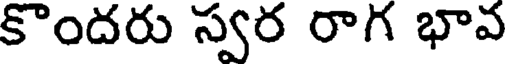
కొందరు స్వర రాగ భావ